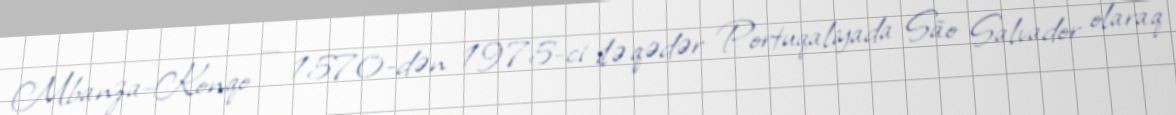
Mbanza-Konqo — 1570-dən 1975-ci ilə qədər Portuqaliyada São Salvador olaraq